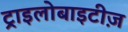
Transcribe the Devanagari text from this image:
ट्राइलोबाइटीज़